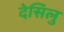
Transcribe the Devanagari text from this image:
देसिलु